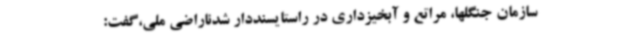
سازمان جنگلها، مراتع و آبخیزداری در راستایسنددار شدناراضی ملی،گفت: